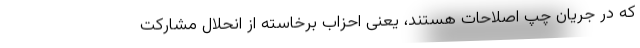
که در جریان چپ اصلاحات هستند، یعنی احزاب برخاسته از انحلال مشارکت